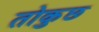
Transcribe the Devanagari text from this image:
तोकुछ